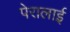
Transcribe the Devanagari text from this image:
पेरालाई